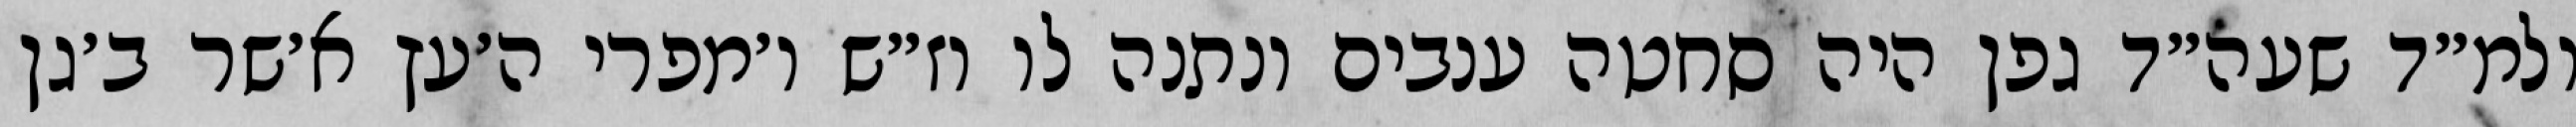
ולמ״ד שעה״ד גפן היה סחטה ענבים ונתנה לו וז״ש ו׳מפרי ה׳עץ א׳שר ב׳גן